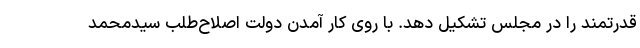
قدرتمند را در مجلس تشکیل دهد. با روی کار آمدن دولت اصلاح‌طلب سیدمحمد